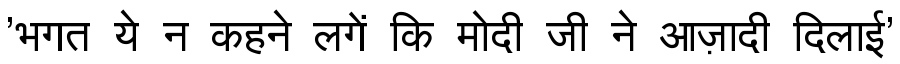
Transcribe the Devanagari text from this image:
'भगत ये न कहने लगें कि मोदी जी ने आज़ादी दिलाई'